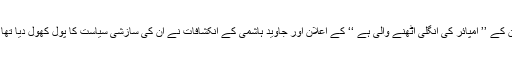
ان کے ’’ امپائر کی انگلی اٹھنے والی ہے ‘‘ کے اعلان اور جاوید ہاشمی کے انکشافات نے ان کی سازشی سیاست کا پول کھول دیا تھا ۔